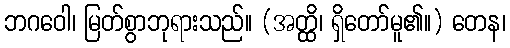
ဘဂဝေါ၊ မြတ်စွာဘုရားသည်။ (အတ္ထိ၊ ရှိတော်မူ၏။) တေန၊